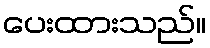
ပေးထားသည်။